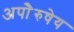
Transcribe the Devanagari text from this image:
अपाेेैरुषेय